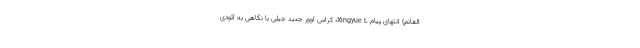
الغانم) انتهای پیام Xingyue L؛ کراس اوور جدید جیلی با نگاهی به آئودی